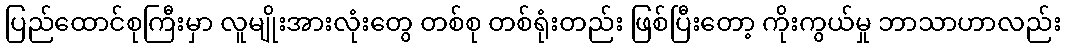
ပြည်ထောင်စုကြီးမှာ လူမျိုးအားလုံးတွေ တစ်စု တစ်ရုံးတည်း ဖြစ်ပြီးတော့ ကိုးကွယ်မှု ဘာသာဟာလည်း